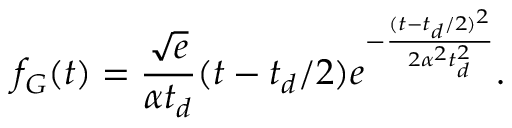
f _ { G } ( t ) = \frac { \sqrt { e } } { \alpha t _ { d } } ( t - t _ { d } / 2 ) e ^ { - \frac { ( t - t _ { d } / 2 ) ^ { 2 } } { 2 \alpha ^ { 2 } t _ { d } ^ { 2 } } } .